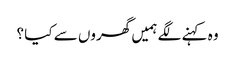
وہ کہنے لگے ہمیں گھروں سے کیا ؟